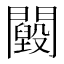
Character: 𨷕